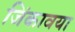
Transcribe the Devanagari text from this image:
जिंकावया